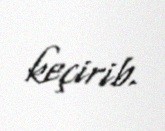
keçirib.